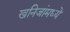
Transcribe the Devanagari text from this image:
खनिजांमध्ये